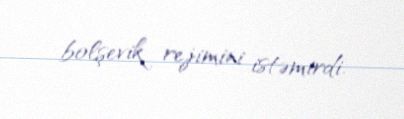
bolşevik rejimini istəmirdi.